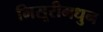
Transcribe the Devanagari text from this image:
मिसूरीमधुन